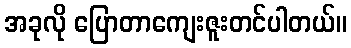
အခုလို ပြောတာကျေးဇူးတင်ပါတယ်။